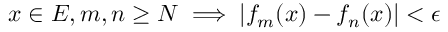
x \in E , m , n \geq N \implies | f _ { m } ( x ) - f _ { n } ( x ) | < \epsilon